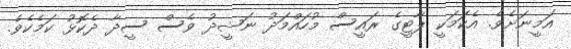
އަމީނަށެވެ. އެކަމަކީ ޕާޓީގެ ރައީސް މުހައްމަދު ނަޝީދު ވެސް ސީދާ ދެކޮޅު ކަމެކެވެ.